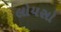
લોયસો